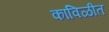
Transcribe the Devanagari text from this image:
काविळीत